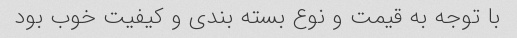
با توجه به قیمت و نوع بسته بندی و کیفیت خوب بود